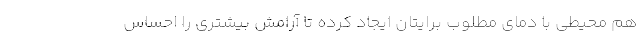
هم محیطی با دمای مطلوب برایتان ایجاد کرده تا آرامش بیشتری را احساس